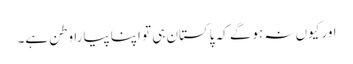
اور کیوں نہ ہوگے کہ پاکستان ہی تو اپنا پیارا وطن ہے۔